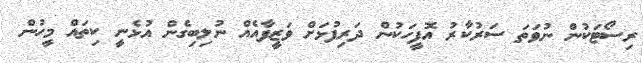
ރިސޯޓަކުން ނުވަތަ ސަރުކާރު އޮފީހަކުން ދަރިފުޅަށް ވަޒީފާއެއް ނުލިބިގެން އުޅެނީ ކިތައް މީހުން